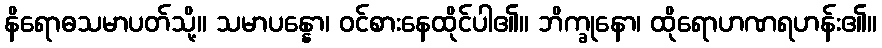
နိရောဓသမာပတ်သို့။ သမာပန္နော၊ ဝင်စားနေထိုင်ပါ၏။ ဘိက္ခုနော၊ ထိုရောဟဏရဟန်း၏။